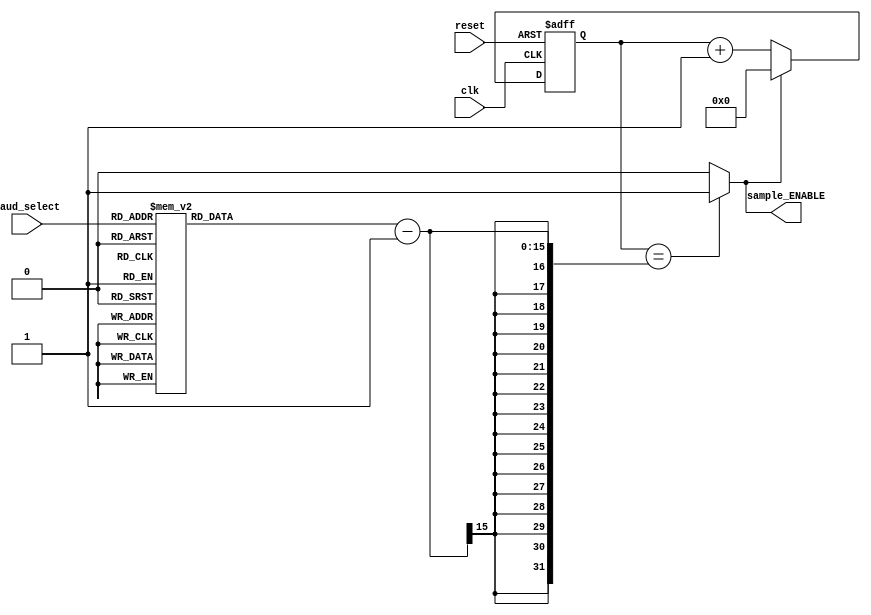
//part A
module Baud_controller (reset, clk, baud_select, sample_ENABLE);
input reset, clk;
input [2:0] baud_select;
output reg sample_ENABLE;

reg [14:0] counter;
reg [14:0] limit;
reg check;

always @(baud_select)
begin
    case (baud_select)
        3'b000: limit = 20833;
        3'b001: limit = 5028; // efoson einai baud_rate2 = baud_rate1/4, apla kanoyme 20833/4
        3'b010: limit = 1257;
        3'b011: limit = 251;
        3'b100: limit = 126;
        3'b101: limit = 63;
        3'b110: limit = 31;
        3'b111: limit = 16;

    endcase 
end

always @(posedge clk or posedge reset)
begin
    if(reset)
        counter <= 0;
    else
        if(check == 1)
            counter <= counter + 15'b1; 
        else
            counter <= 0;
end

always @(counter)
begin
    if(counter == limit-1)  // limit-1 dioti otan metraei o counter anevainei sto epomeno posedge. opote vazoyme -1 gia na einai sostos o xronos
    begin
        //counter = 0;
        //check = 0;
        sample_ENABLE = 1;
    end
    else
        sample_ENABLE = 0;
        //check = 1;
end

always @(sample_ENABLE)
begin
    if(sample_ENABLE == 1)
        check = 0;
    else 
        check = 1;
end

endmodule